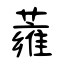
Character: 蕹